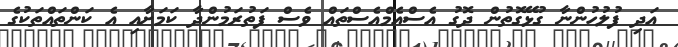
އަދި ފުލުހުންނާ ގުޅޭގޮތުން ދޮގު އެސްއެމްއެސްތައް ވެސް ފަތުރަމުންދާ ކަމަށާއި އެ ކަންތައްތަކުގެ